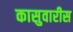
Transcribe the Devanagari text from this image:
कासुवारीस